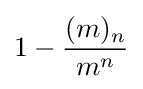
1-{\frac {(m)_{n}}{m^{n}}}